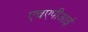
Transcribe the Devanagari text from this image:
एचएपीआई